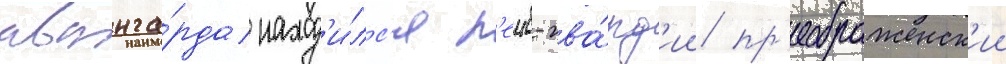
аванга́рда наход'и́лс'я л'еиб-гва́рд'ии пр'еображенск'ии